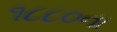
૧૮૮૦ના